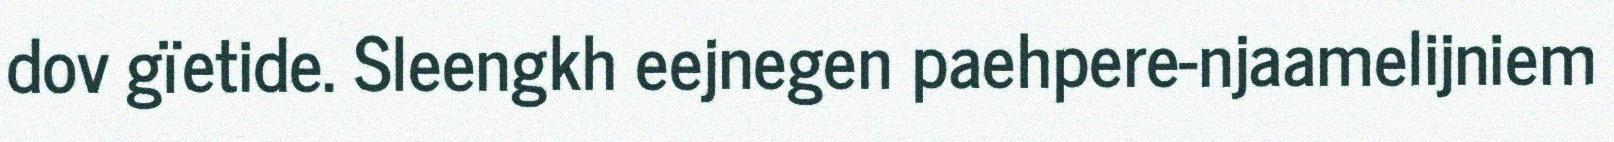
dov gïetide. Sleengkh eejnegen paehpere-njaamelijniem